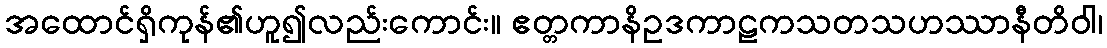
အထောင်ရှိကုန်၏ဟူ၍လည်းကောင်း။ ဧတ္တကာနိဥဒကာဠကသတသဟဿာနီတိဝါ၊